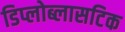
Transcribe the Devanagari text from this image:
डिप्लोब्लासटिक